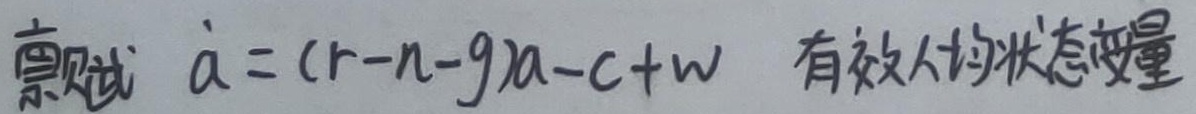
禀赋 $\dot{a}=(r - n - g)a - c + w$ 有效人均状态变量